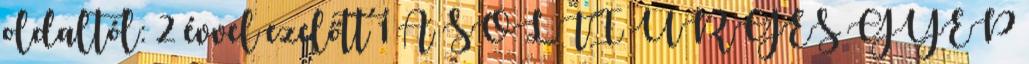
oldaltól: 2 évvel ezelőtt 1 A SOLTI ÜRGÉS GYEP